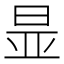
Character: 㫫